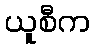
ယူစီက